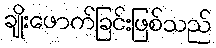
ချိုးဖောက်ခြင်းဖြစ်သည်